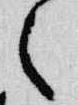
之